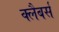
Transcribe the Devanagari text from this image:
क्लैबर्स